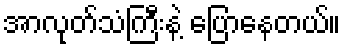
အာလုတ်သံကြီးနဲ့ ပြောနေတယ်။